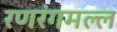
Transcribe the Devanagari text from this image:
रणरंगमल्ल